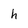
Character: h